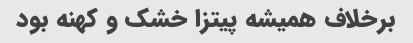
برخلاف همیشه پیتزا خشک و کهنه بود